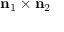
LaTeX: \mathbf { n } _ { 1 } \times \mathbf { n } _ { 2 }